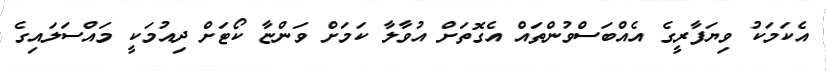
އެކަމަކު ވިޔަފާރީގެ އެއްބަސްވުންތައް އެގޮތަށް އުވާލާ ކަމަށް ވަންޏާ ކޯޓަަށް ދިއުމަކީ މައްސަލައިގެ